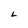
Character: L